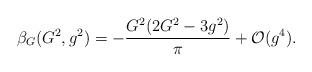
LaTeX: \begin{align*}\beta_{G}(G^{2},g^{2}) = -{G^{2}(2G^{2}-3g^{2})\over\pi}+ {\cal O}(g^{4}).\end{align*}